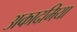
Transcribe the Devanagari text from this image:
अकादमिया